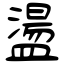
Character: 盪